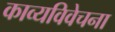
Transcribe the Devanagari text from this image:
काव्यविवेचना